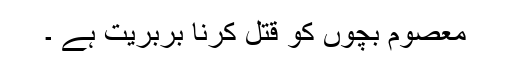
معصوم بچوں کو قتل کرنا بربریت ہے ۔